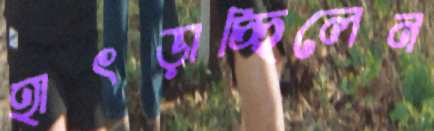
হাৎড়াচ্ছিলেন